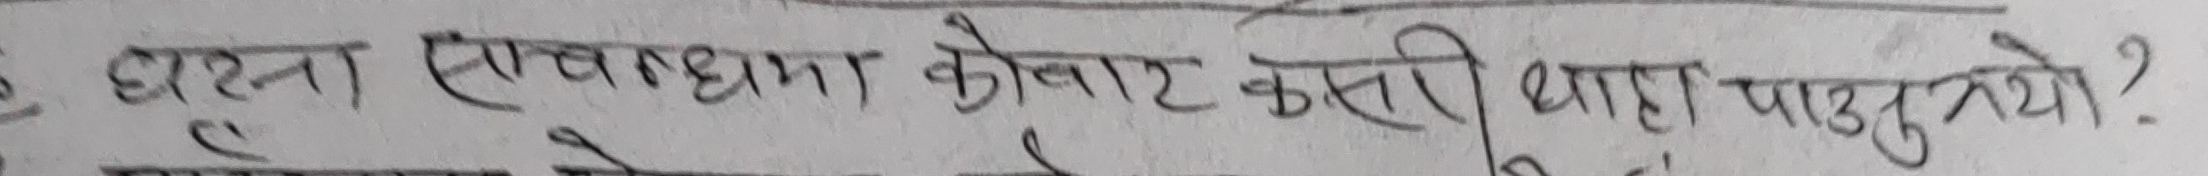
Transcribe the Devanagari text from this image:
घटना सघनतामा केदार कसरी थाहा पाउनु भयो?